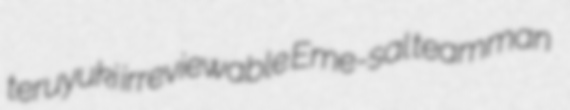
teruyuki irreviewable Eme-sal teamman